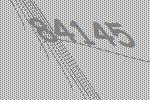
84145